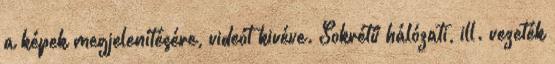
a képek megjelenítésére, videót kivéve. Sokrétű hálózati, ill. vezeték